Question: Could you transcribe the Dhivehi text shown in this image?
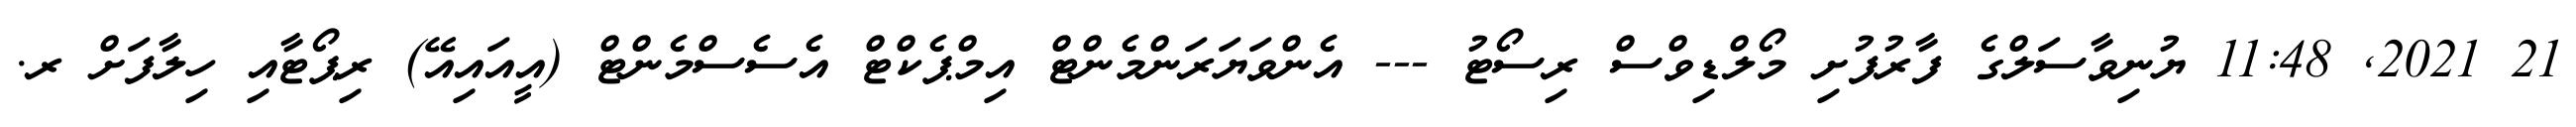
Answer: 21 2021, 11:48 ޔުނިވާސަލްގެ ފާރުފުށި މޯލްޑިވްސް ރިސޯޓު --- އެންވަޔަރަންމެންޓް އިމްޕެކްޓް އެސެސްމެންޓް (އީއައިއޭ) ރިޕޯޓާއި ހިލާފަށް ރ.